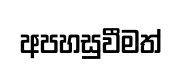
අපහසුවීමත්